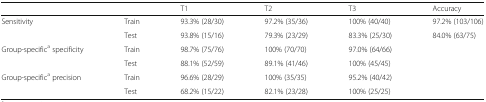
<table><thead><tr><td></td><td></td><td><b>T1</b></td><td><b>T2</b></td><td><b>T3</b></td><td><b>Accuracy</b></td></tr></thead><tbody><tr><td rowspan="2">Sensitivity</td><td>Train</td><td>93.3% (28/30)</td><td>97.2% (35/36)</td><td>100% (40/40)</td><td>97.2% (103/106)</td></tr><tr><td>Test</td><td>93.8% (15/16)</td><td>79.3% (23/29)</td><td>83.3% (25/30)</td><td>84.0% (63/75)</td></tr><tr><td rowspan="2">Group-specific<sup>a</sup> specificity</td><td>Train</td><td>98.7% (75/76)</td><td>100% (70/70)</td><td>97.0% (64/66)</td><td></td></tr><tr><td>Test</td><td>88.1% (52/59)</td><td>89.1% (41/46)</td><td>100% (45/45)</td><td></td></tr><tr><td rowspan="2">Group-specific<sup>a</sup> precision</td><td>Train</td><td>96.6% (28/29)</td><td>100% (35/35)</td><td>95.2% (40/42)</td><td></td></tr><tr><td>Test</td><td>68.2% (15/22)</td><td>82.1% (23/28)</td><td>100% (25/25)</td><td></td></tr></tbody></table>